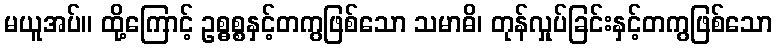
မယူအပ်။ ထို့ကြောင့် ဥစ္ဓစ္စနှင့်တကွဖြစ်သော သမာဓိ၊ တုန်လှုပ်ခြင်းနှင့်တကွဖြစ်သော